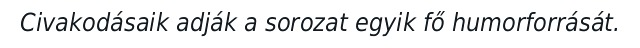
Civakodásaik adják a sorozat egyik fő humorforrását.